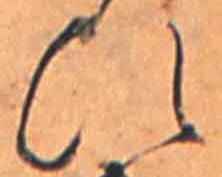
ひ